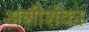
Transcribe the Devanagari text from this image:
अशीशंका